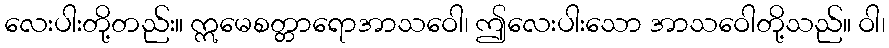
လေးပါးတို့တည်း။ ဣမေစတ္တာရောအာသဝေါ၊ ဤလေးပါးသော အာသဝေါတို့သည်။ ဝါ၊